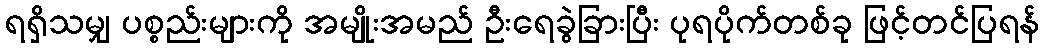
ရရှိသမျှ ပစ္စည်းများကို အမျိုးအမည် ဦးရေခွဲခြားပြီး ပုရပိုက်တစ်ခု ဖြင့်တင်ပြရန်